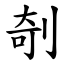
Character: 剞